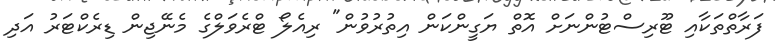
ފަރާތްތަކާއި ޓޫރިސްޓުންނަށް އޮތް ޔަގީންކަން އިތުރުވުން" ރިއެލޯ ޓްރެވަލްގެ މެނޭޖިން ޑިރެކްޓަރު އަދި